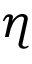
\eta